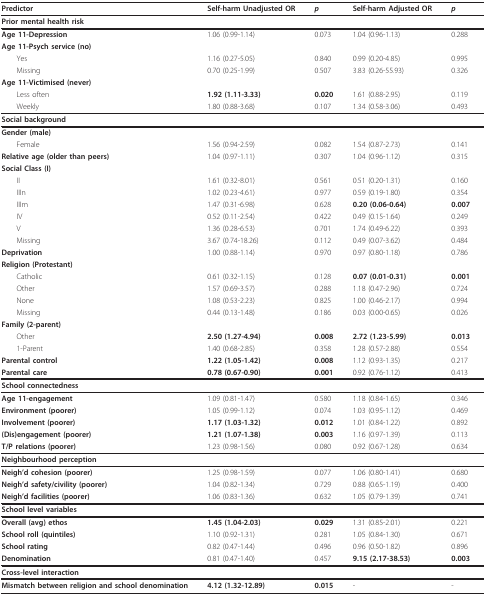
<table><thead><tr><td><b>Predictor</b></td><td><b>Self-harm Unadjusted OR</b></td><td><b><i>p</i></b></td><td><b>Self-harm Adjusted OR</b></td><td><b><i>p</i></b></td></tr></thead><tbody><tr><td colspan="5"><b>Prior mental health risk</b></td></tr><tr><td><b>Age 11-Depression</b></td><td>1.06 (0.99-1.14)</td><td>0.073</td><td>1.04 (0.96-1.13)</td><td>0.288</td></tr><tr><td><b>Age 11-Psych service (no)</b></td><td></td><td></td><td></td><td></td></tr><tr><td> Yes</td><td>1.16 (0.27-5.05)</td><td>0.840</td><td>0.99 (0.20-4.85)</td><td>0.995</td></tr><tr><td> Missing</td><td>0.70 (0.25-1.99)</td><td>0.507</td><td>3.83 (0.26-55.93)</td><td>0.326</td></tr><tr><td colspan="5"><b>Age 11-Victimised (never)</b></td></tr><tr><td> Less often</td><td><b>1.92 (1.11-3.33)</b></td><td><b>0.020</b></td><td>1.61 (0.88-2.95)</td><td>0.119</td></tr><tr><td> Weekly</td><td>1.80 (0.88-3.68)</td><td>0.107</td><td>1.34 (0.58-3.06)</td><td>0.493</td></tr><tr><td colspan="5"><b>Social background</b></td></tr><tr><td><b>Gender (male)</b></td><td></td><td></td><td></td><td></td></tr><tr><td> Female</td><td>1.56 (0.94-2.59)</td><td>0.082</td><td>1.54 (0.87-2.73)</td><td>0.141</td></tr><tr><td><b>Relative age (older than peers)</b></td><td>1.04 (0.97-1.11)</td><td>0.307</td><td>1.04 (0.96-1.12)</td><td>0.315</td></tr><tr><td colspan="5"><b>Social Class (I)</b></td></tr><tr><td> II</td><td>1.61 (0.32-8.01)</td><td>0.561</td><td>0.51 (0.20-1.31)</td><td>0.160</td></tr><tr><td> IIIn</td><td>1.02 (0.23-4.61)</td><td>0.977</td><td>0.59 (0.19-1.80)</td><td>0.354</td></tr><tr><td> IIIm</td><td>1.47 (0.31-6.98)</td><td>0.628</td><td><b>0.20 (0.06-0.64)</b></td><td><b>0.007</b></td></tr><tr><td> IV</td><td>0.52 (0.11-2.54)</td><td>0.422</td><td>0.49 (0.15-1.64)</td><td>0.249</td></tr><tr><td> V</td><td>1.36 (0.28-6.53)</td><td>0.701</td><td>1.74 (0.49-6.22)</td><td>0.393</td></tr><tr><td> Missing</td><td>3.67 (0.74-18.26)</td><td>0.112</td><td>0.49 (0.07-3.62)</td><td>0.484</td></tr><tr><td><b>Deprivation</b></td><td>1.00 (0.88-1.14)</td><td>0.970</td><td>0.97 (0.80-1.18)</td><td>0.786</td></tr><tr><td colspan="5"><b>Religion (Protestant)</b></td></tr><tr><td> Catholic</td><td>0.61 (0.32-1.15)</td><td>0.128</td><td><b>0.07 (0.01-0.31)</b></td><td><b>0.001</b></td></tr><tr><td> Other</td><td>1.57 (0.69-3.57)</td><td>0.288</td><td>1.18 (0.47-2.96)</td><td>0.724</td></tr><tr><td> None</td><td>1.08 (0.53-2.23)</td><td>0.825</td><td>1.00 (0.46-2.17)</td><td>0.994</td></tr><tr><td> Missing</td><td>0.44 (0.13-1.48)</td><td>0.186</td><td>0.03 (0.00-0.65)</td><td>0.026</td></tr><tr><td colspan="5"><b>Family (2-parent)</b></td></tr><tr><td> Other</td><td><b>2.50 (1.27-4.94)</b></td><td><b>0.008</b></td><td><b>2.72 (1.23-5.99)</b></td><td><b>0.013</b></td></tr><tr><td> 1-Parent</td><td>1.40 (0.68-2.85)</td><td>0.358</td><td>1.28 (0.57-2.88)</td><td>0.554</td></tr><tr><td><b>Parental control</b></td><td><b>1.22 (1.05-1.42)</b></td><td><b>0.008</b></td><td>1.12 (0.93-1.35)</td><td>0.217</td></tr><tr><td><b>Parental care</b></td><td><b>0.78 (0.67-0.90)</b></td><td><b>0.001</b></td><td>0.92 (0.76-1.12)</td><td>0.413</td></tr><tr><td colspan="5"><b>School connectedness</b></td></tr><tr><td><b>Age 11-engagement</b></td><td>1.09 (0.81-1.47)</td><td>0.580</td><td>1.18 (0.84-1.65)</td><td>0.346</td></tr><tr><td><b>Environment (poorer)</b></td><td>1.05 (0.99-1.12)</td><td>0.074</td><td>1.03 (0.95-1.12)</td><td>0.469</td></tr><tr><td><b>Involvement (poorer)</b></td><td><b>1.17 (1.03-1.32)</b></td><td><b>0.012</b></td><td>1.01 (0.84-1.22)</td><td>0.892</td></tr><tr><td><b>(Dis)engagement (poorer)</b></td><td><b>1.21 (1.07-1.38)</b></td><td><b>0.003</b></td><td>1.16 (0.97-1.39)</td><td>0.113</td></tr><tr><td><b>T/P relations (poorer)</b></td><td>1.23 (0.98-1.56)</td><td>0.080</td><td>0.92 (0.67-1.28)</td><td>0.634</td></tr><tr><td colspan="5"><b>Neighbourhood perception</b></td></tr><tr><td><b>Neigh&#x27;d cohesion (poorer)</b></td><td>1.25 (0.98-1.59)</td><td>0.077</td><td>1.06 (0.80-1.41)</td><td>0.680</td></tr><tr><td><b>Neigh&#x27;d safety/civility (poorer)</b></td><td>1.04 (0.82-1.34)</td><td>0.729</td><td>0.88 (0.65-1.19)</td><td>0.400</td></tr><tr><td><b>Neigh&#x27;d facilities (poorer)</b></td><td>1.06 (0.83-1.36)</td><td>0.632</td><td>1.05 (0.79-1.39)</td><td>0.741</td></tr><tr><td colspan="5"><b>School level variables</b></td></tr><tr><td><b>Overall (avg) ethos</b></td><td><b>1.45 (1.04-2.03)</b></td><td><b>0.029</b></td><td>1.31 (0.85-2.01)</td><td>0.221</td></tr><tr><td><b>School roll (quintiles)</b></td><td>1.10 (0.92-1.31)</td><td>0.281</td><td>1.05 (0.84-1.30)</td><td>0.671</td></tr><tr><td><b>School rating</b></td><td>0.82 (0.47-1.44)</td><td>0.496</td><td>0.96 (0.50-1.82)</td><td>0.896</td></tr><tr><td><b>Denomination</b></td><td>0.81 (0.47-1.40)</td><td>0.457</td><td><b>9.15 (2.17-38.53)</b></td><td><b>0.003</b></td></tr><tr><td colspan="5"><b>Cross-level interaction</b></td></tr><tr><td><b>Mismatch between religion and school denomination</b></td><td><b>4.12 (1.32-12.89)</b></td><td><b>0.015</b></td><td>-</td><td>-</td></tr></tbody></table>